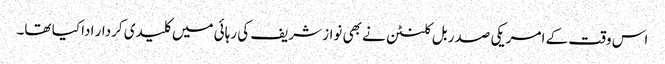
اس وقت کے امریکی صدر بل کلنٹن نے بھی نواز شریف کی رہائی میں کلیدی کردار ادا کیا تھا۔